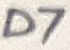
Text: D7